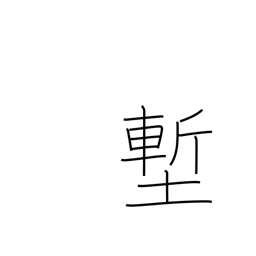
Meaning: ditch